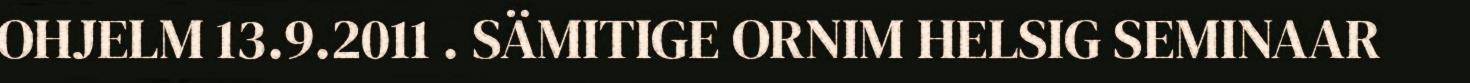
OHJELM 13.9.2011 . SÄMITIGE ORNIM HELSIG SEMINAAR